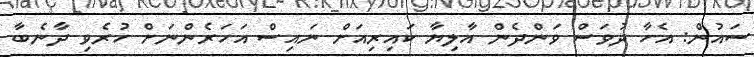
ސައުން: އެހާ ދުވަސް ވަންދެން އާލިޔާ ކައިރިއަށް ނައިސް އަހަރެންނަށް ހުރެވި ދާނެބާ